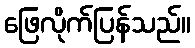
ဖြေလိုက်ပြန်သည်။